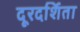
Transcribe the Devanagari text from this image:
दूरदर्शिता